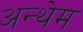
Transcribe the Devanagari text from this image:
अन्थेम